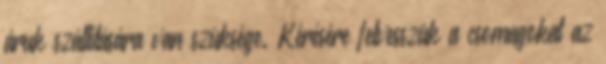
áruk szállítására van szüksége. Kérésére felvesszük a csomagokat az